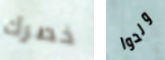
خصرك ولدوا